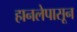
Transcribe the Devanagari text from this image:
हानलेपासून